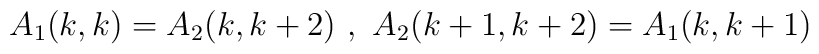
A_{1}(k,k)=A_{2}(k,k+2)\ ,\ A_{2}(k+1,k+2)=A_{1}(k,k+1)